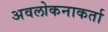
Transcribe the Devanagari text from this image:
अवलोकनाकर्ता